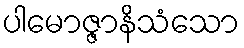
ပါမောဇ္ဇာနိသံသော